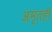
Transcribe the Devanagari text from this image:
अमृतही